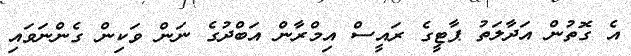
އެ ގޮތުން އަދާލަތު ޕާޓީގެ ރައީސް އިމްރާން އަބްދުގެ ނަން ވަކިން ގެންނަވައި